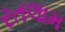
રતલામ